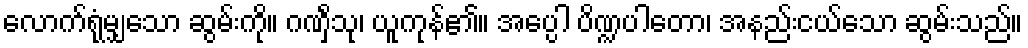
လောက်ရုံမျှသော ဆွမ်းကို။ ဂဏှိံသု၊ ယူကုန်၏။ အပ္ပေါ ပိဏ္ဍပါတော၊ အနည်းငယ်သော ဆွမ်းသည်။